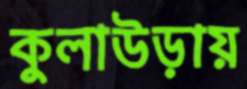
কুলাউড়ায়